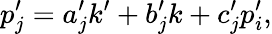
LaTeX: p_{j}^{\prime}=a_{j}^{\prime}k^{\prime}+b_{j}^{\prime}k+c_{j}^{\prime}p_{i}^{\prime},